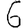
Digit: 6